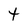
Character: t